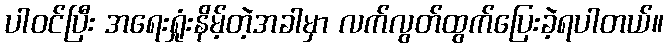
ပါဝင်ပြီး အရေးရှုံးနိမ့်တဲ့အခါမှာ လက်လွတ်ထွက်ပြေးခဲ့ရပါတယ်။